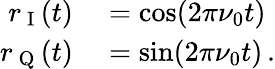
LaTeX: \begin{array}{rl}{r_{\mathrm{~I~}}(t)}&{{}=\cos(2\pi\nu_{0}t)}\\ {r_{\mathrm{~Q~}}(t)}&{{}=\sin(2\pi\nu_{0}t)\, .}\end{array}